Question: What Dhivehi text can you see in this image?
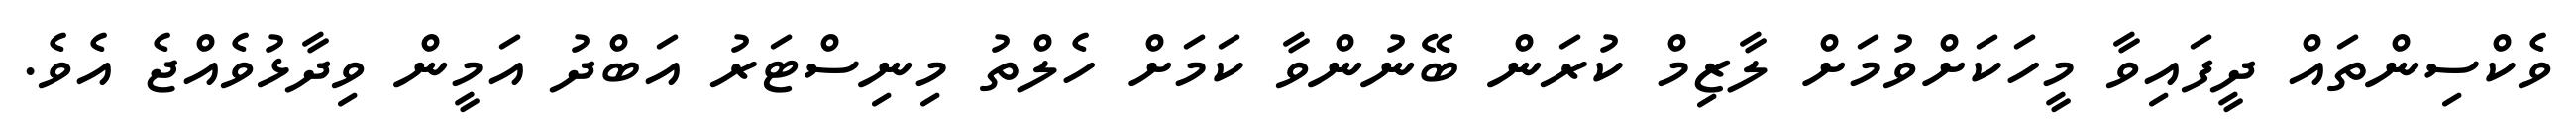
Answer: ވެކްސިންތައް ދީފައިވާ މީހަކަށްވުމަށް ލާޒިމް ކުރަން ބޭނުންވާ ކަމަށް ހެލްތު މިނިސްޓަރު އަބްދު އަމީން ވިދާޅުވެއްޖެ އެވެ.